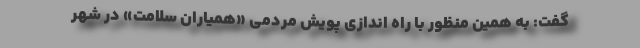
گفت: به همین منظور با راه اندازی پویش مردمی «همیاران سلامت» در شهر